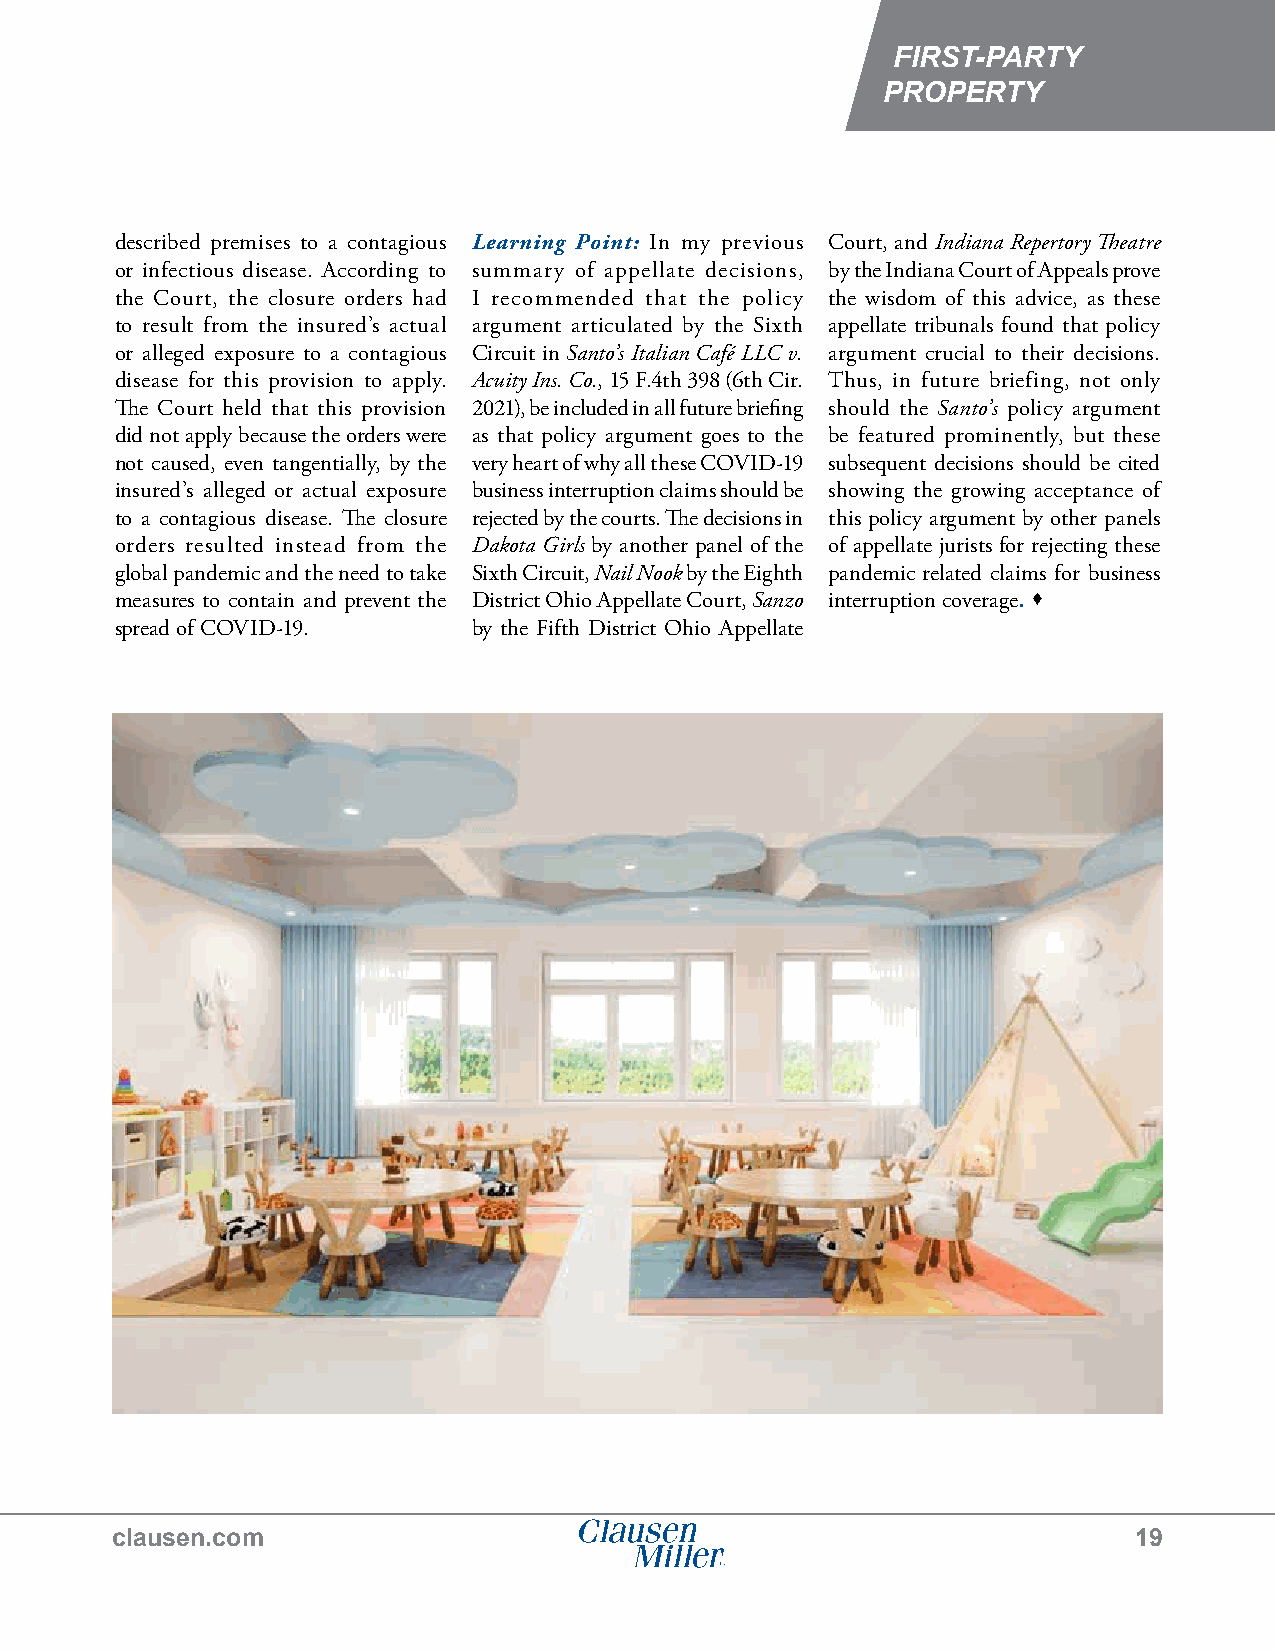
FIRST-PARTY
 PROPERTY
 described premises to a contagious Learning Point: In my previous Court, and Indiana Repertory Theatre
 or infectious disease. According to summary of appellate decisions, by the Indiana Court of Appeals prove
 the Court, the closure orders had I recommended that the policy the wisdom of this advice, as these
 to result from the insured’s actual argument articulated by the Sixth appellate tribunals found that policy
 or alleged exposure to a contagious Circuit in Santo’s Italian Café LLC v. argument crucial to their decisions.
 disease for this provision to apply. Acuity Ins. Co., 15 F.4th 398 (6th Cir. Thus, in future briefing, not only
 The Court held that this provision 2021), be included in all future briefing should the Santo’s policy argument
 did not apply because the orders were as that policy argument goes to the be featured prominently, but these
 not caused, even tangentially, by the very heart of why all these COVID-19 subsequent decisions should be cited
 insured’s alleged or actual exposure business interruption claims should be showing the growing acceptance of
 to a contagious disease. The closure rejected by the courts. The decisions in this policy argument by other panels
 orders resulted instead from the Dakota Girls by another panel of the of appellate jurists for rejecting these
 global pandemic and the need to take Sixth Circuit, Nail Nook by the Eighth pandemic related claims for business
 measures to contain and prevent the District Ohio Appellate Court, Sanzo interruption coverage. 
 spread of COVID-19.    by the Fifth District Ohio Appellate
 clausen.com                                                         19